Civil Veterinary Dept. Assam report 1927-50 - 1927-1950
Year: 1927
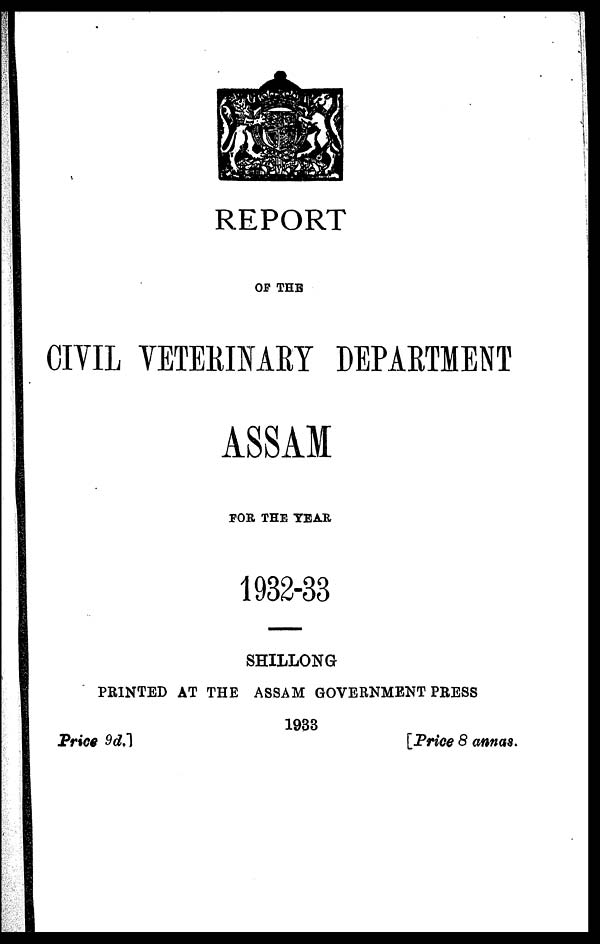
REPORT
OF THE
CIVIL VETERINARY DEPARTMENT
ASSAM
FOR THE TEAR
1932-33
SHILLONG
PRINTED AT THE ASSAM GOVERNMENT PRESS
1933
Price 9d.]
[Price 8 annas.